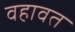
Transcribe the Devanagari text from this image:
वहावत